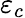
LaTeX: \varepsilon_{c}